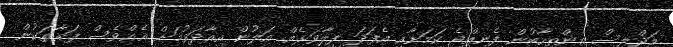
މަޖްލިސް އިންތިހާބުން ފެނިއްޖެ ކަމަށާއި އެފަދަ ފިލާވަޅެއް އަލުން އިއާދަވުމަށް އެއްވެސް ފަރާތަކުން